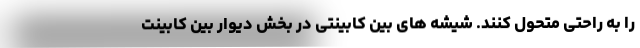
را به راحتی متحول کنند. شیشه های بین کابینتی در بخش دیوار بین کابینت